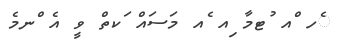
ެހ ްއ ުޓމާ ިއ ެއ މަސައް ަކތް ވީ އެ ްނމެ